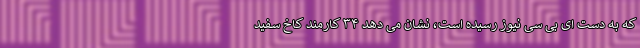
که به دست ای بی سی نیوز رسیده است، نشان می دهد ۳۴ کارمند کاخ سفید